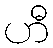
ဟီ